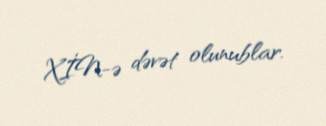
XİN-ə dəvət olunublar.